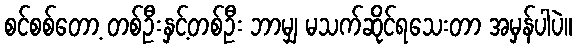
စင်စစ်တော့ တစ်ဦးနှင့်တစ်ဦး ဘာမျှ မသက်ဆိုင်ရသေးတာ အမှန်ပါပဲ။